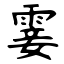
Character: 霎